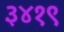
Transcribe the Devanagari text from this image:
३४१९